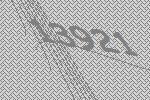
13921